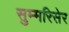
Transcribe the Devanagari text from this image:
सुम्मरिसेर